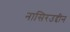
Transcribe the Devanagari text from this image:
नासिरउद्दीन